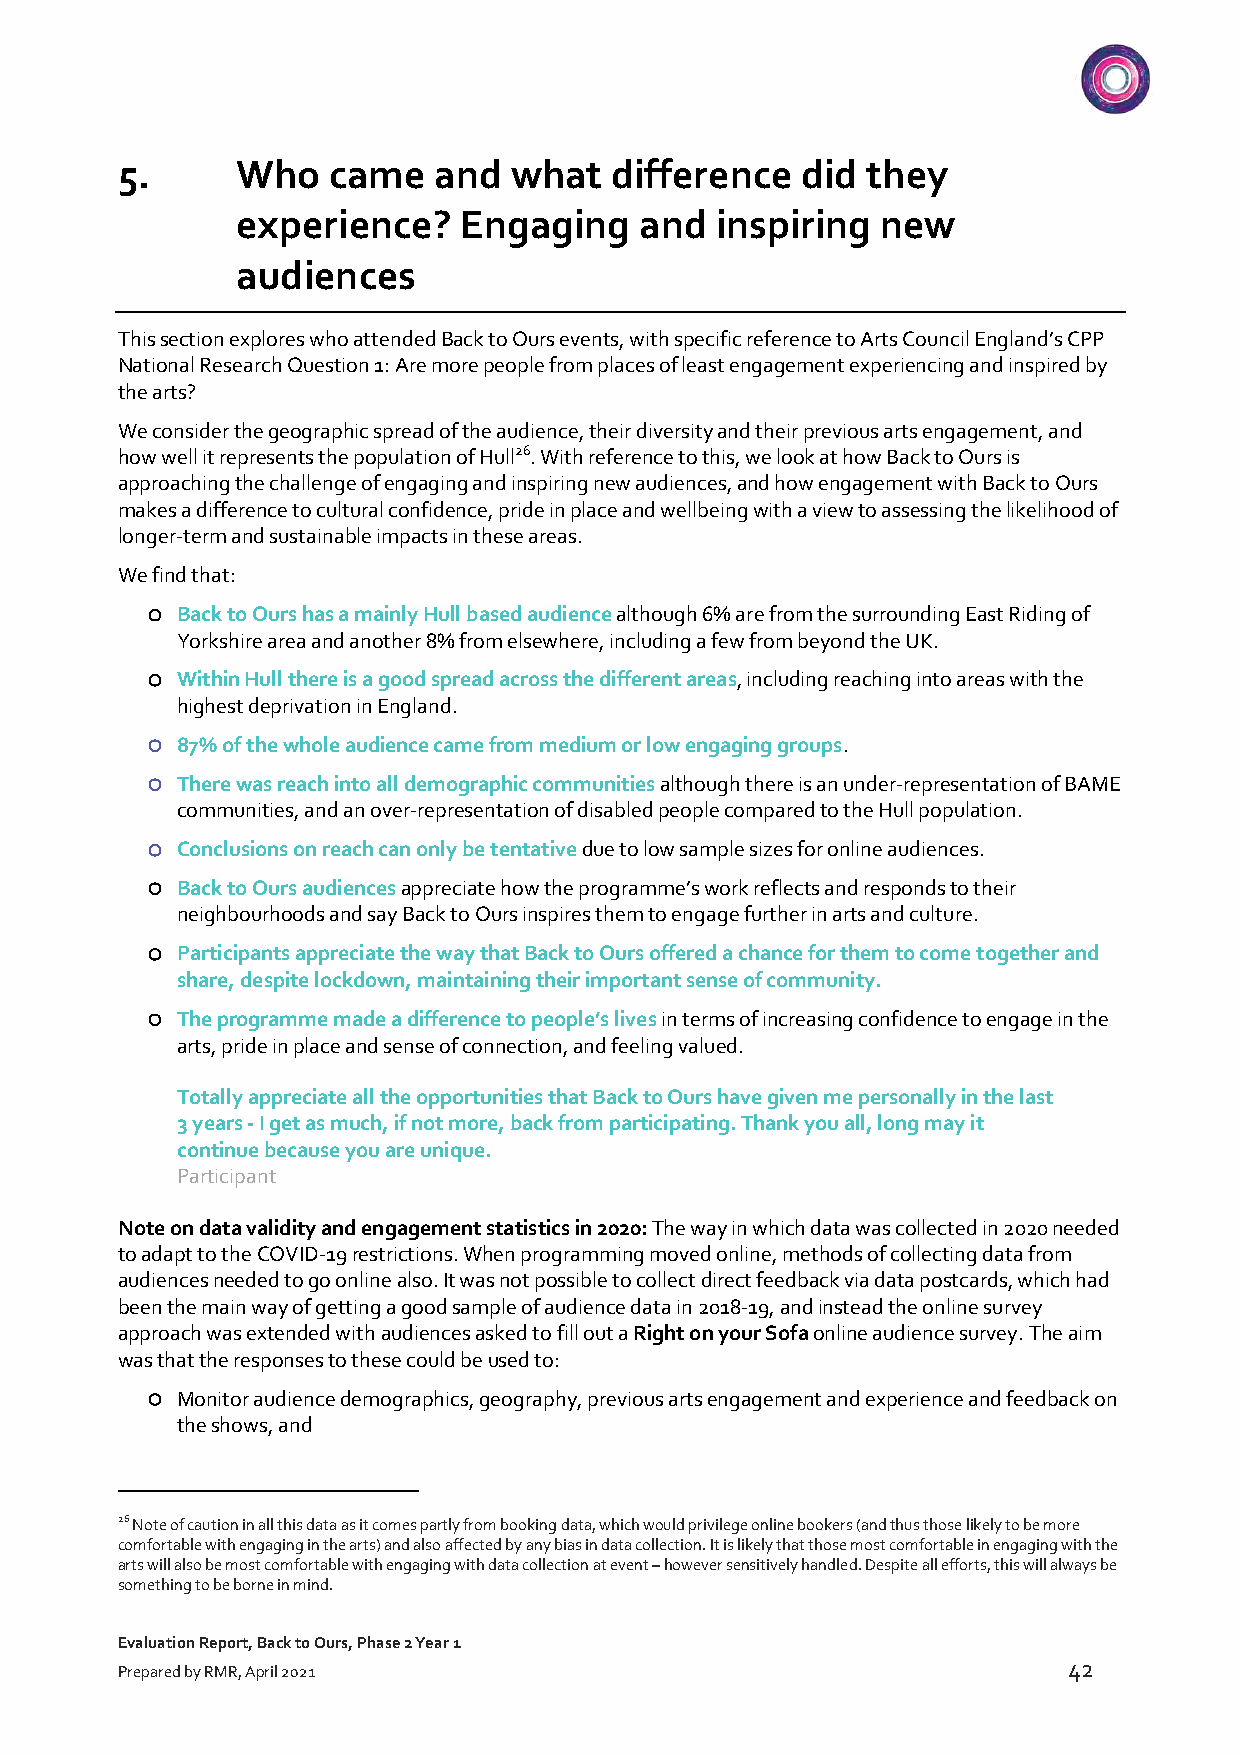
5.      Who   came   and  what  difference   did they
 experience?   Engaging    and  inspiring  new
 audiences
 This section explores who attended Back to Ours events, with specific reference to Arts Council England’s CPP
 National Research Question 1: Are more people from places of least engagement experiencing and inspired by
 the arts?
 We consider the geographic spread of the audience, their diversity and their previous arts engagement, and
 how well it represents the population of Hull26. With reference to this, we look at how Back to Ours is
 approaching the challenge of engaging and inspiring new audiences, and how engagement with Back to Ours
 makes a difference to cultural confidence, pride in place and wellbeing with a view to assessing the likelihood of
 longer-term and sustainable impacts in these areas.
 We find that:
 ¡ Back to Ours has a mainly Hull based audience although 6% are from the surrounding East Riding of
 Yorkshire area and another 8% from elsewhere, including a few from beyond the UK.
 ¡ Within Hull there is a good spread across the different areas, including reaching into areas with the
 highest deprivation in England.
 ¡ 87% of the whole audience came from medium or low engaging groups.
 ¡ There was reach into all demographic communities although there is an under-representation of BAME
 communities, and an over-representation of disabled people compared to the Hull population.
 ¡ Conclusions on reach can only be tentative due to low sample sizes for online audiences.
 ¡ Back to Ours audiences appreciate how the programme’s work reflects and responds to their
 neighbourhoods and say Back to Ours inspires them to engage further in arts and culture.
 ¡ Participants appreciate the way that Back to Ours offered a chance for them to come together and
 share, despite lockdown, maintaining their important sense of community.
 ¡ The programme made a difference to people’s lives in terms of increasing confidence to engage in the
 arts, pride in place and sense of connection, and feeling valued.
 Totally appreciate all the opportunities that Back to Ours have given me personally in the last
 3 years - I get as much, if not more, back from participating. Thank you all, long may it
 continue because you are unique.
 Participant
 Note on data validity and engagement statistics in 2020: The way in which data was collected in 2020 needed
 to adapt to the COVID-19 restrictions. When programming moved online, methods of collecting data from
 audiences needed to go online also. It was not possible to collect direct feedback via data postcards, which had
 been the main way of getting a good sample of audience data in 2018-19, and instead the online survey
 approach was extended with audiences asked to fill out a Right on your Sofa online audience survey. The aim
 was that the responses to these could be used to:
 ¡ Monitor audience demographics, geography, previous arts engagement and experience and feedback on
 the shows, and
 26 Note of caution in all this data as it comes partly from booking data, which would privilege online bookers (and thus those likely to be more
 comfortable with engaging in the arts) and also affected by any bias in data collection. It is likely that those most comfortable in engaging with the
 arts will also be most comfortable with engaging with data collection at event – however sensitively handled. Despite all efforts, this will always be
 something to be borne in mind.
 Evaluation Report, Back to Ours, Phase 2 Year 1
 42
 Prepared by RMR, April 2021